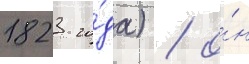
1823 го́да) / о́н